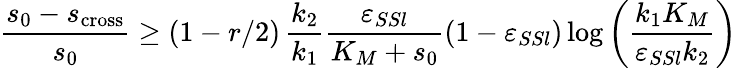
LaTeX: \frac{s_{0}-s_{\mathrm{cross}}}{s_{0}}\geq(1-r/2)\, \frac{k_{2}}{k_{1}}\frac{\varepsilon_{SSl}}{K_{M}+s_{0}}(1-\varepsilon_{SSl})\log\left(\frac{k_{1}K_{M}}{\varepsilon_{SSl}k_{2}}\right)